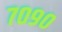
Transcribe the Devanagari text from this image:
७०९०